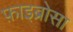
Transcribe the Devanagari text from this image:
फ़ाइब्रोसा